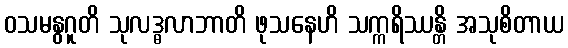
ဝသမနွဂူတိ သုလဒ္ဓလာဘာတိ ဖုသနေဟိ သက္ကရိဿန္တိ အသုစိတာယ